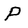
Character: P